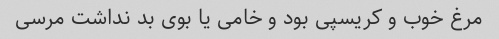
مرغ خوب و کریسپی بود و خامی یا بوی بد نداشت مرسی